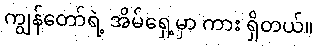
ကျွန်တော်ရဲ့ အိမ်ရှေ့မှာ ကား ရှိတယ်။